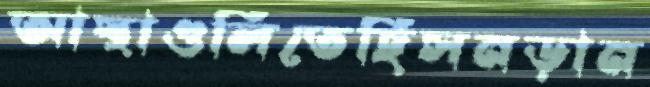
আস্থাগুলিতেছিসনড়ান